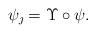
LaTeX: \begin{align*}\psi_\jmath = \Upsilon \circ \psi.\end{align*}